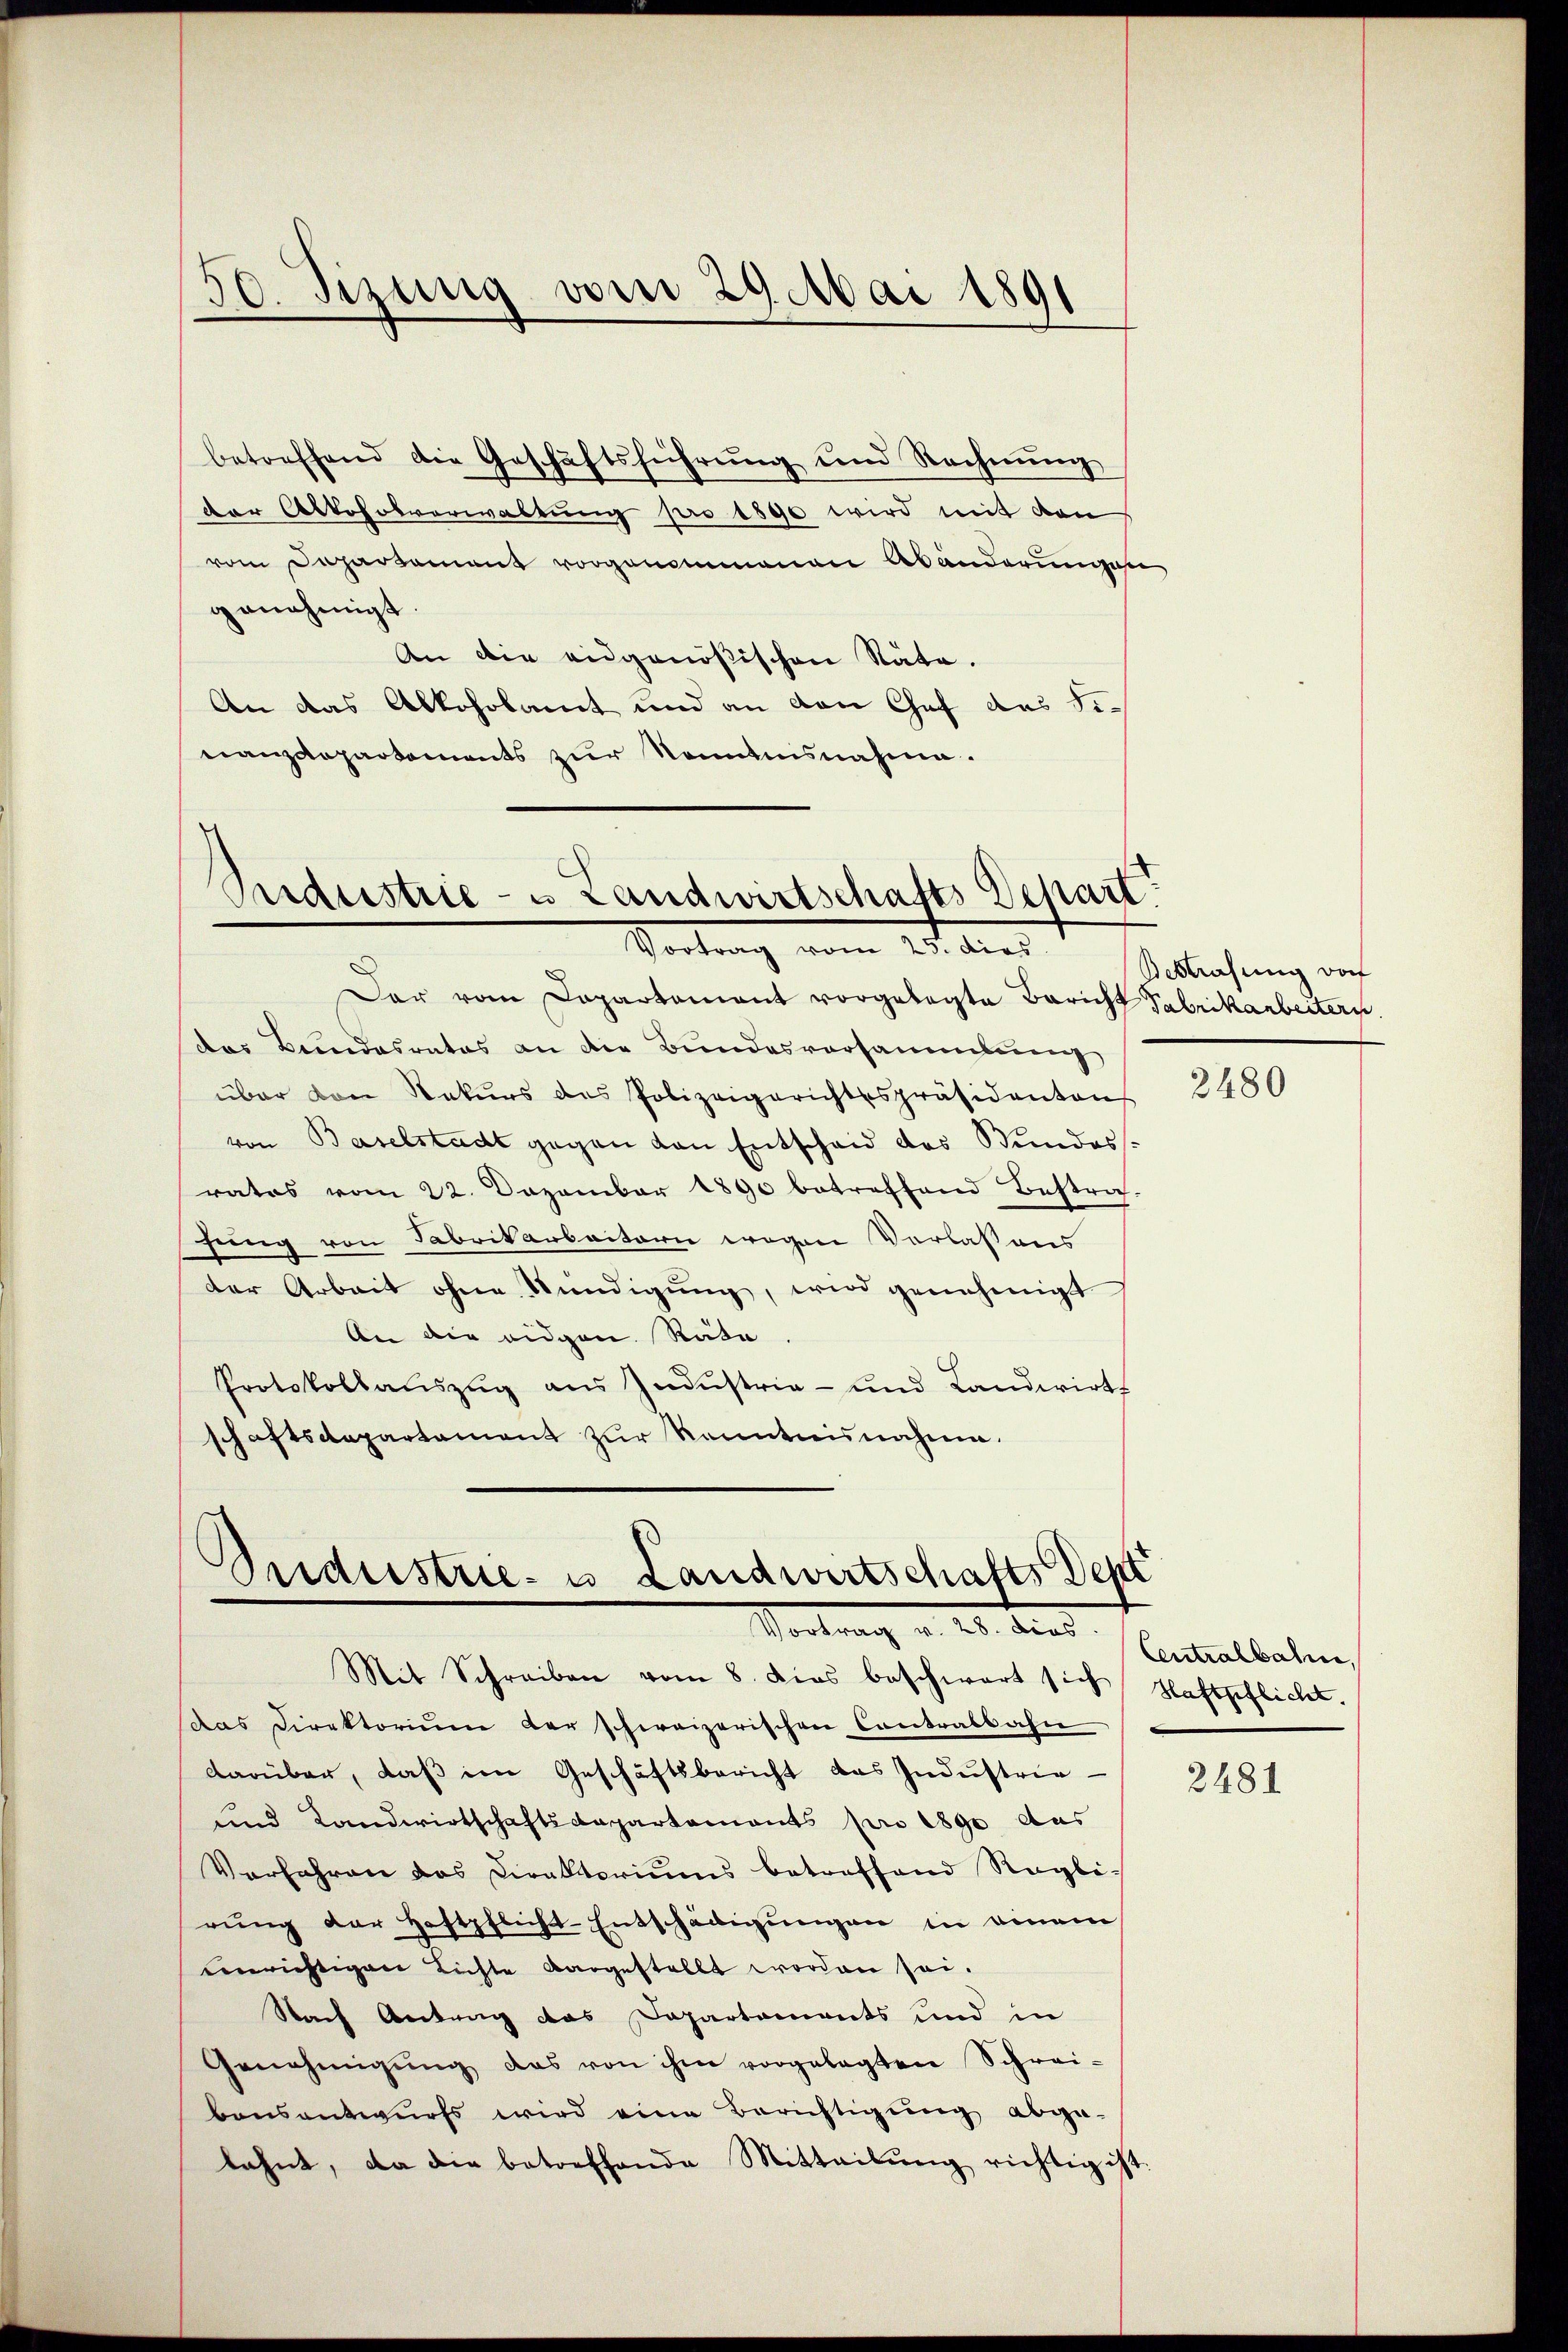
betreffend die Geschäftsführŭng und Rechnŭng
der Alkoholverwaltung pro 1890 wird mit den
vom Departement vorgenommenen Abänderungen
genehmigt.
An die eidgenößischen Stäte.
An das Alkoholamt und an von Chef des Finanzdepartements zŭr Nenntnisnahme.

50. Sizung vom 29. Mai 1891

Suidestrie- u Landwirtschafts Depart
Vortrag vom 25. dies Vorlesung aus

Der vom Departamant vorgelegte Bericht Fabrikarbeitern.
das Bundesrates an die Bundesversammlung
über den Rekŭrs des Polizeigerichtsspräsidenten
von Baselstadt gegen von Entscheid des Stundess.
rates vom 22. Dezember 1890 betreffend Bestraf-
gung von Fabrikarbaitarie wegen Verlaßens
der Arbeit ohne Kündigŭng, wird genehmigt
An die eidgen. Räte.
Protokollauszug aus Industria- und Landwirts
schaftsdepartament zur Kenntnisnahme.

Sudustrie- u. Landwirtschafts Depe
Vortrag v. 20. diens

Mit Schreiben vom 8. dies beschwart sich
das Direktorium der schweizerischen Contralbahn
darüber, daß im Geschäftsbericht das Industrie-
und Landwirtschaftsdepartements pro 1890 aus
Verfahren das Ciraltoriŭms betreffend Raglirŭng der Haftpflicht-Entschädigungen in einem
einrichtigen Lichte dargestellt worden sei.
Nach Aetung das Dapartements und in
Genehmigŭng das von ihm vorgelegten Schrei-
bonsantwurfs wird eine Berichtigung abge-
lahnt, da die betreffende Mitteilŭng richtig ist

2480

Centralbahn,
Haftpflicht.

2481